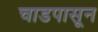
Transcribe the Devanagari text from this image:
चाडपासून